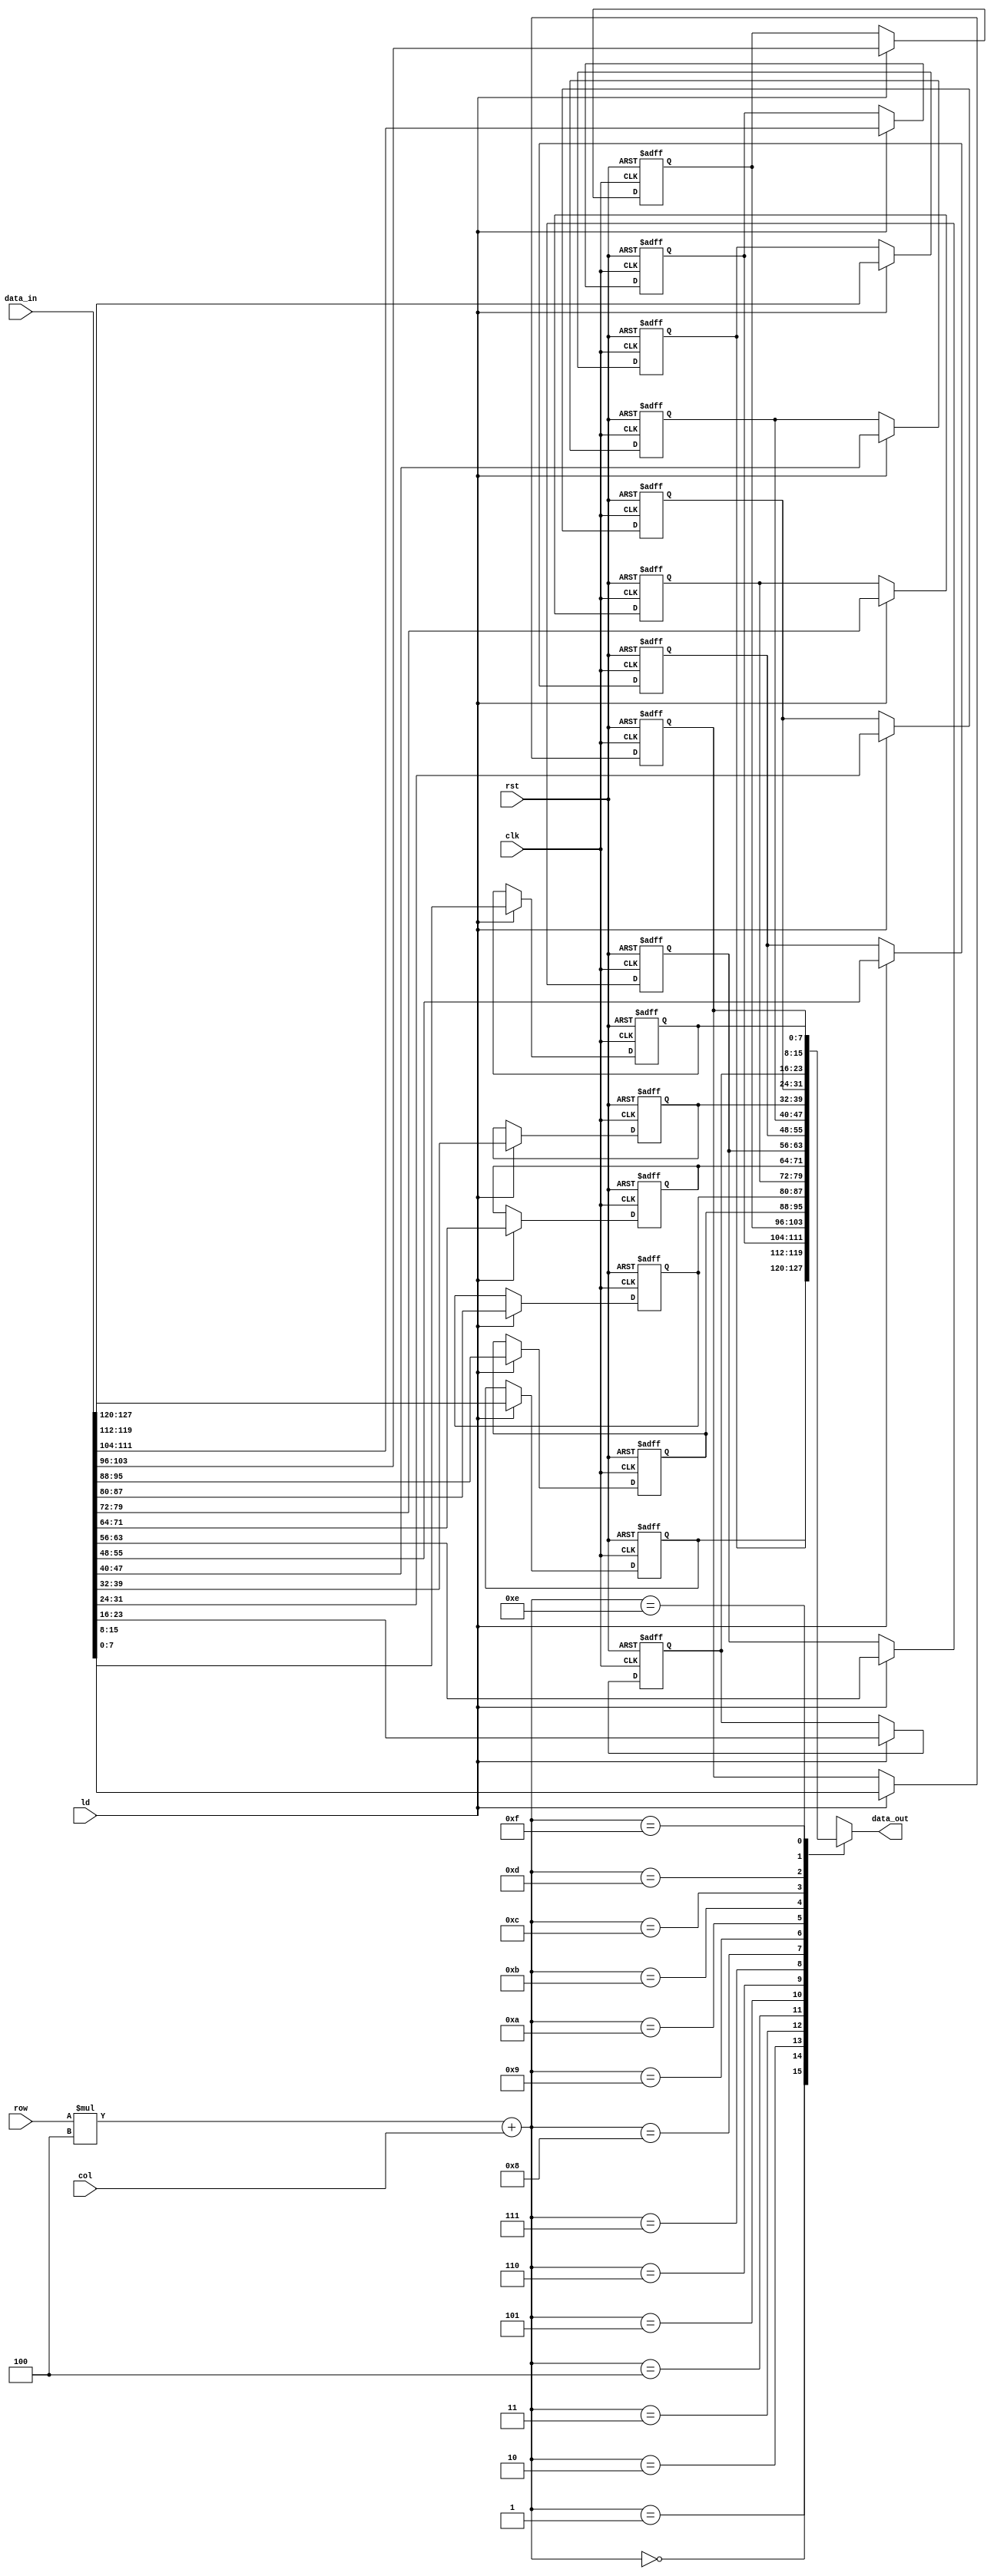
module table_buffer
(
    input clk,
    input rst,
    input ld,
    input[1:0] row,
    input[1:0] col,
    input[127:0] data_in,
    output[7:0] data_out
);
    reg[7:0] buffer[0:3][0:3];
    integer i, j;
    always@ (posedge clk or posedge rst)
    begin
        if(rst)
        begin
            for(i = 0; i < 4; i = i + 1)
            begin
                for(j = 0; j < 4; j = j + 1)
                begin
                    buffer[i][j] = 8'b0;
                end
            end
        end
        else if(ld)
        begin
            {buffer[0][0], buffer[0][1], buffer[0][2],
                buffer[0][3], buffer[1][0], buffer[1][1],
                buffer[1][2], buffer[1][3], buffer[2][0],
                buffer[2][1], buffer[2][2], buffer[2][3],
                buffer[3][0], buffer[3][1], buffer[3][2],
                buffer[3][3]} = data_in;
        end
    end
    assign data_out = buffer[row][col];
endmodule